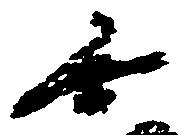
無